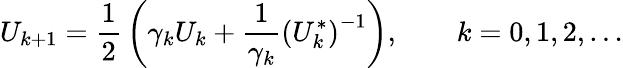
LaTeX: U_{k+1}={\frac{1}{2}}\left(\gamma_{k}U_{k}+{\frac{1}{\gamma_{k}}}\left(U_{k}^{*}\right)^{-1}\right),\qquad k=0,1,2,\ldots